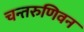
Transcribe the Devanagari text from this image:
चन्तरुणिवन